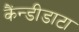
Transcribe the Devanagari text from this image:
कैंन्डीडाटा